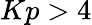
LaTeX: Kp>4